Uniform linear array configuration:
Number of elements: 4
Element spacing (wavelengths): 1
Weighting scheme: cosine
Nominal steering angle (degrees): -45
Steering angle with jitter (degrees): -44.469
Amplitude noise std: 0.05
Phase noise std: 0.05

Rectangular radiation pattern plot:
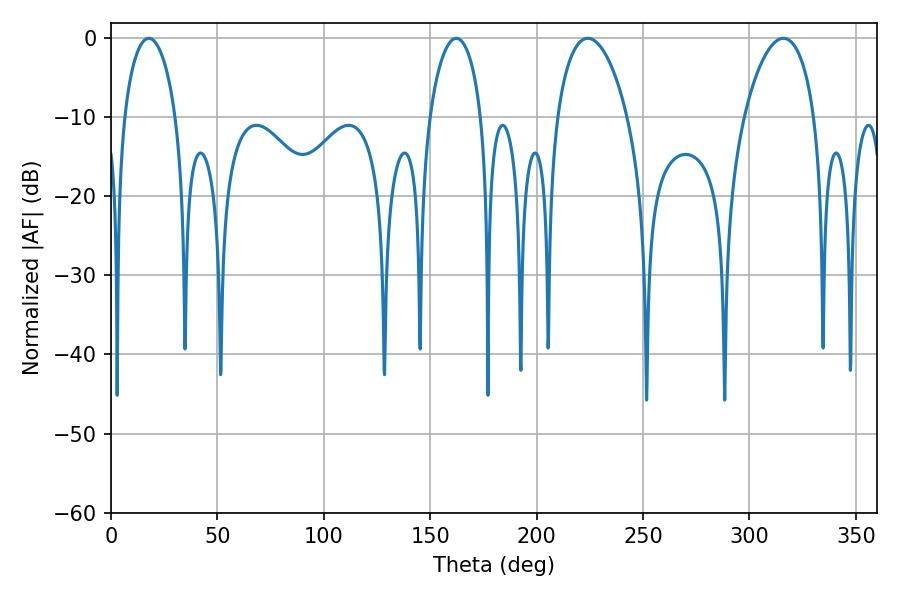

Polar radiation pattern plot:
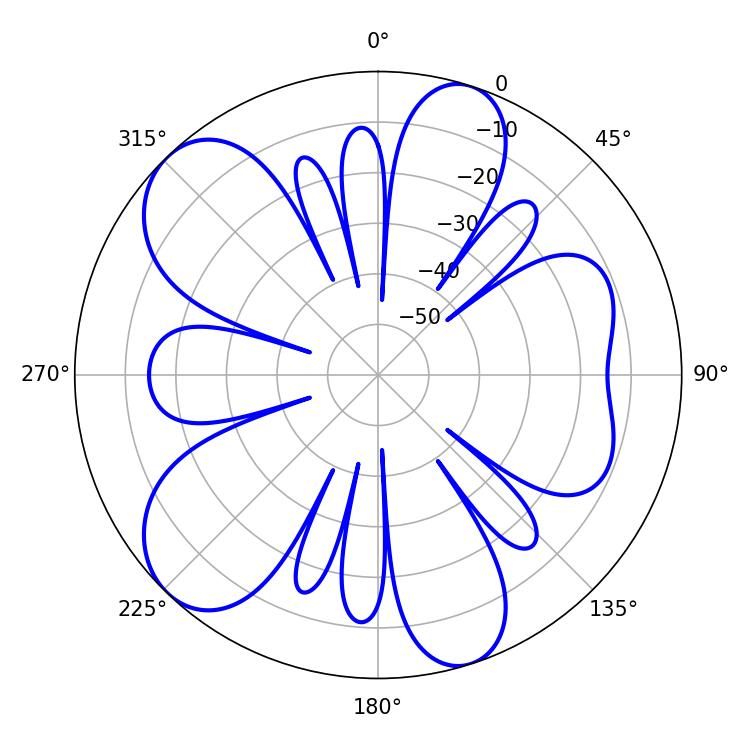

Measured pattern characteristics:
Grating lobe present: TRUE
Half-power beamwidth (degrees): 18.72
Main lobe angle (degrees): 224.1